Lunatic asylums in Bengal annual reports 1888-1898 - 1888-1898
Year: 1888
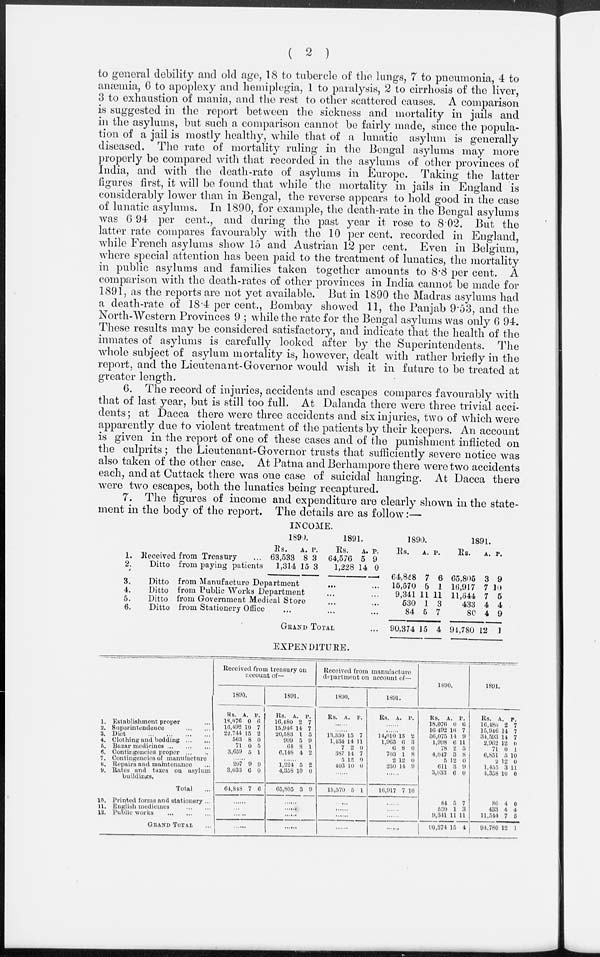
( 2 )
to general debility and old age, 18 to tubercle of the lungs, 7 to pneumonia, 4 to
anæmia, 6 to apoplexy and hemiplegia, 1 to paralysis, 2 to cirrhosis of the liver,
3 to exhaustion of mania, and the rest to other scattered causes. A comparison
is suggested in the report between the sickness and mortality in jails and
in the asylums, but such a comparison cannot be fairly made, since the popula-
tion of a jail is mostly healthy, while that of a lunatic asylum is generally
diseased. The rate of mortality ruling in the Bengal asylums may more
properly be compared with that recorded in the asylums of other provinces of
India, and with the death-rate of asylums in Europe. Taking the latter
figures first, it will be found that while the mortality in jails in England is
considerably lower than in Bengal, the reverse appears to hold good in the case
of lunatic asylums. In 1890, for example, the death-rate in the Bengal asylums
was 6 94 per cent., and during the past year it rose to 8.02. But the
latter rate compares favourably with the 10 per cent. recorded in England,
while French asylums show 15 and Austrian 12 per cent. Even in Belgium,
where special attention has been paid to the treatment of lunatics, the mortality
in public asylums and families taken together amounts to 8.8 per cent. A
comparison with the death-rates of other provinces in India cannot be made for
1891, as the reports are not yet available. But in 1890 the Madras asylums had
a death-rate of 18.4 per cent., Bombay showed 11, the Panjab 9.53, and the
North-Western Provinces 9 ; while the rate for the Bengal asylums was only 6 94.
These results may be considered satisfactory, and indicate that the health of the
inmates of asylums is carefully looked after by the Superintendents. The
whole subject of asylum mortality is, however, dealt with rather briefly in the
report, and the Lieutenant-Governor would wish it in future to be treated at
greater length.
6. The record of injuries, accidents and escapes compares favourably with
that of last year, but is still too full. At Dalanda there were three trivial acci-
dents; at Dacca there were three accidents and six injuries, two of which were
apparently due to violent treatment of the patients by their keepers. An account
is given in the report of one of these cases and of the punishment inflicted on
the culprits ; the Lieutenant-Governor trusts that sufficiently severe notice was
also taken of the other case. At Patna and Berhampore there were two accidents
each, and at Cuttack there was one case of suicidal hanging. At Dacca there
were two escapes, both the lunatics being recaptured.
7. The figures of income and expenditure are clearly shown in the state-
ment in the body of the report. The details are as follow:—
INCOME.
1.
2.
3.
4.
5.
6.
Received from Treasury ...
Ditto from paying patients
1890.
Rs.
63,533
1,314
A.
8
15
P.
3
3
1891.
Rs.
64,576
1,228
A.
5
14
P.
9
0
Ditto from Manufacture Department ... ...
Ditto from Public Works Department ... ...
Ditto from Government Medical Store ... ...
Ditto from Stationery Office ... ... ...
GRAND TOTAL ...
1890.
Rs. A. P.
64,848
15,570
9,341
530
84
90,374
7
5
11
1
5
15
6
1
11
3
7
4
1891.
Rs.
A. P.
65,805
16,917
11,544
433
80
94,780
3
7
7
4
4
12
9
10
5
4
9
1
EXPENDITURE.
1.
2.
3.
4.
5.
6.
7.
8.
9.
10.
11.
12.
Establishment proper ...
Superintendence
... ...
Diet
...
...
... ...
Clothing and bedding
... ...
Bazar medicines ... ... ...
Contingencies proper ... ...
Contingencies of manufacture
Repairs and maintenance
Rates and taxes on asylum
buildings.
Total ...
Printed forms and stationery ...
English medicines
... ...
Public works ... ... ...
GRAND TOTAL ...
Received from treasury on
account of—
1890.
Rs.
18,076
16,492
22,744
563
71
3,659
A.
0
10
15
8
0
5
P.
6
7
2
0
5
1
......
207
3,033
64,848
9
6
7
9
0
6
......
...
......
......
1891.
Rs.
16,480
15,946
20,583
999
64
6,148
A.
2
14
1
5
8
4
P.
7
7
5
9
1
2
......
1,224
4,358
65,805
5
10
3
2
0
9
......
.
......
......
Received from manufacture
department on account of—
1890.
Rs.
A.
P.
......
......
13,330
1,434
7
387
5
403
15
14
2
14
12
10
7
11
0
7
0
0
......
15,570 5 1
...
......
......
......
1891.
Rs.
A. P.
......
......
14,010
1,963
6
703
2
230
13
6
8
1
12
14
2
3
0
8
0
9
......
16,917 7 10
......
......
......
......
1890.
Rs.
18,076
16,492
36,075
1,998
78
4,047
5
611
3,033
A.
0
10
14
6
2
3
12
3
6
P.
6
7
9
11
5
8
0
9
0
84
530
9,341
90,374
5
1
11
15
7
3
11
4
1891.
Rs.
16,480
15,946
34,593
2,962
71
6,851
2
1,455
4,358
A.
2
14
14
12
0
5
12
3
10
P.
7
7
7
0
1
10
0
11
0
80
433
11,544
94,780
4
4
7
12
0
4
5
1